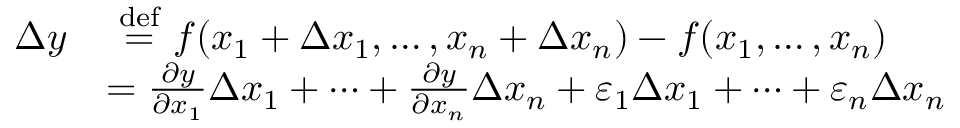
{ \begin{array} { r l } { \Delta y } & { ~ { \stackrel { \mathrm { d e f } } { = } } ~ f ( x _ { 1 } + \Delta x _ { 1 } , \dots , x _ { n } + \Delta x _ { n } ) - f ( x _ { 1 } , \dots , x _ { n } ) } \\ & { = { \frac { \partial y } { \partial x _ { 1 } } } \Delta x _ { 1 } + \cdots + { \frac { \partial y } { \partial x _ { n } } } \Delta x _ { n } + \varepsilon _ { 1 } \Delta x _ { 1 } + \cdots + \varepsilon _ { n } \Delta x _ { n } } \end{array} }